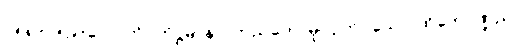
၀၅၈+၀၅၉+လောက်။ တိဋ္ဌမာနာ၊ တည်တော်မူလျက်။ သော၊ ထိုကောဏ္ဍည